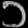
Digit: ၁